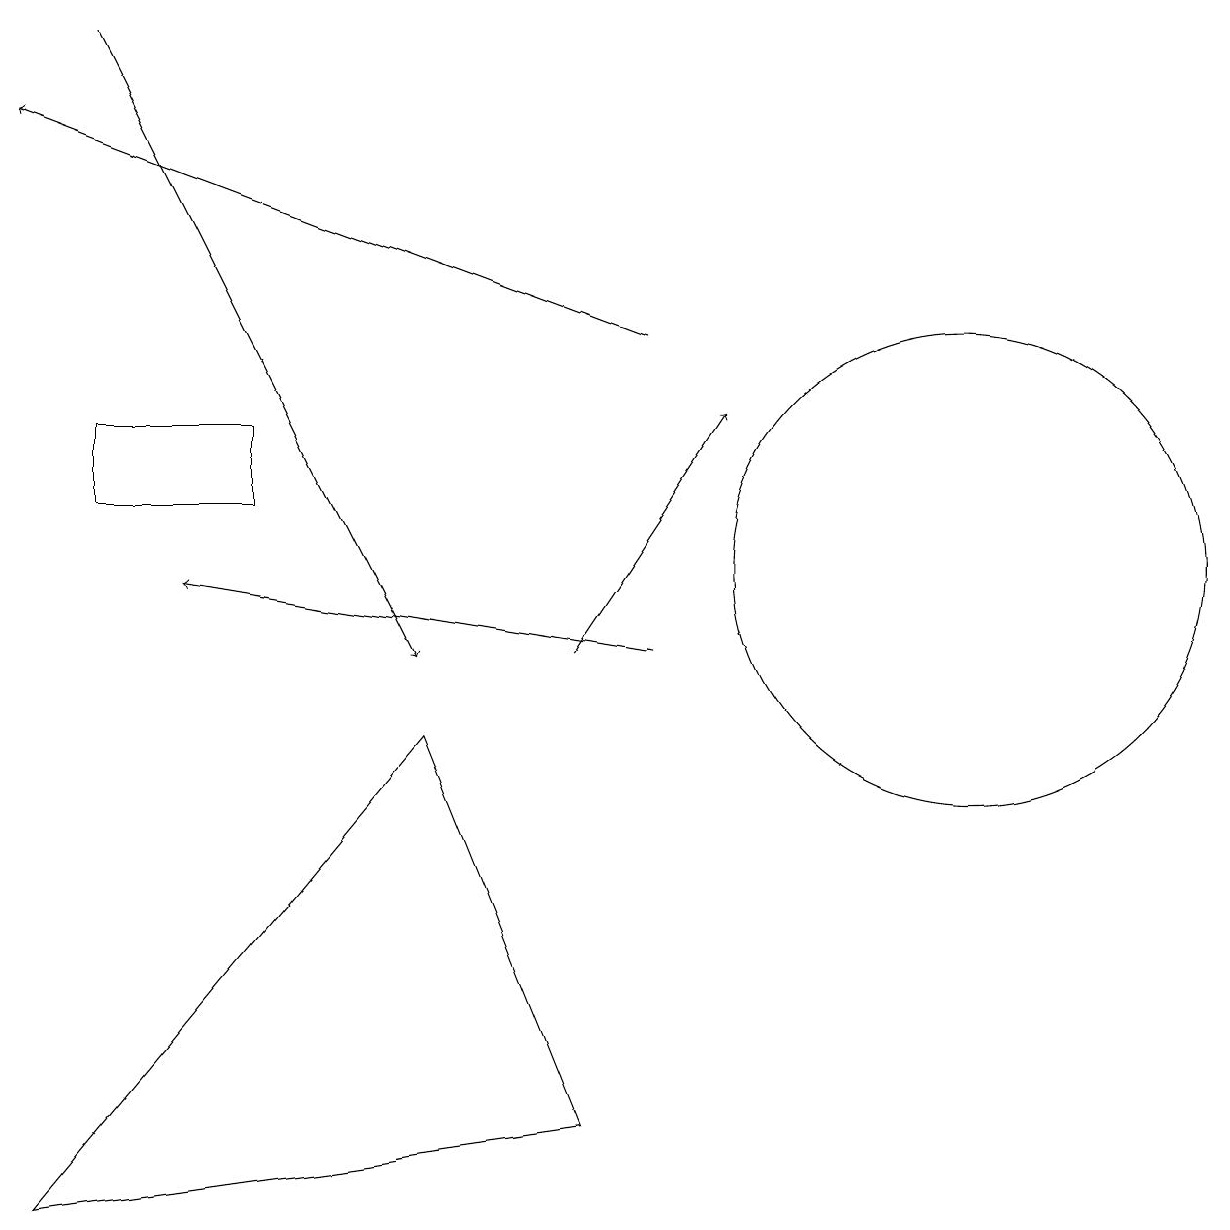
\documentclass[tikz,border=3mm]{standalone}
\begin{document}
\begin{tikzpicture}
\draw (12,11) circle (3);
\draw[->] (8,14) -- (0,17);
\draw (1,13) rectangle (3,12);
\draw (0,3) -- (5,9) -- (7,4) -- cycle;
\draw[->] (7,10) -- (9,13);
\draw[->] (1,18) -- (5,10);
\draw (10,11) circle (0);
\draw[->] (8,10) -- (2,11);
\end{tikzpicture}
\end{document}